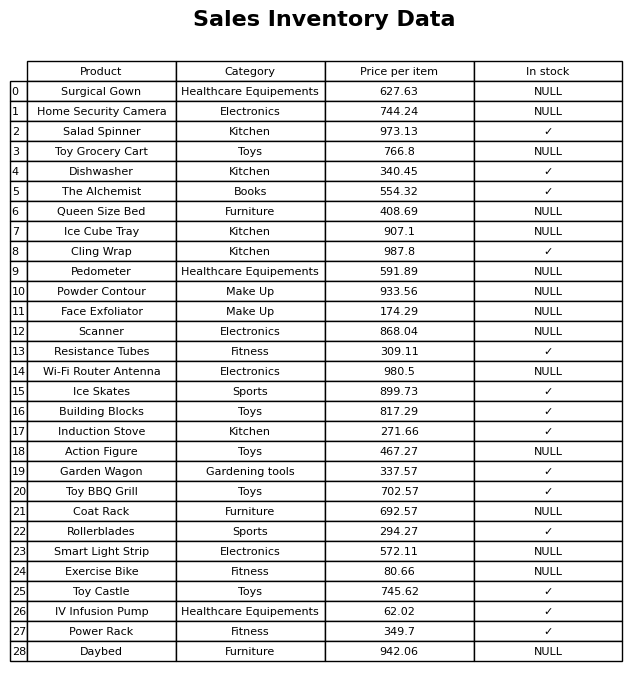
question: What is the price for Induction Stove?
answer: The price of Induction Stove is 271.66.